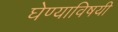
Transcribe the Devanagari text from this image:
घेण्‍याविषयी